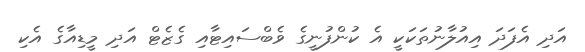
އަދި އެފަދަ އިއުލާނުތަކަކީ އެ ކުންފުނީގެ ވެބްސައިޓާއި ގެޒެޓް އަދި މީޑިއާގެ އެކި